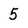
Character: 5